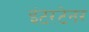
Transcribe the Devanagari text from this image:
इंटरटेनर